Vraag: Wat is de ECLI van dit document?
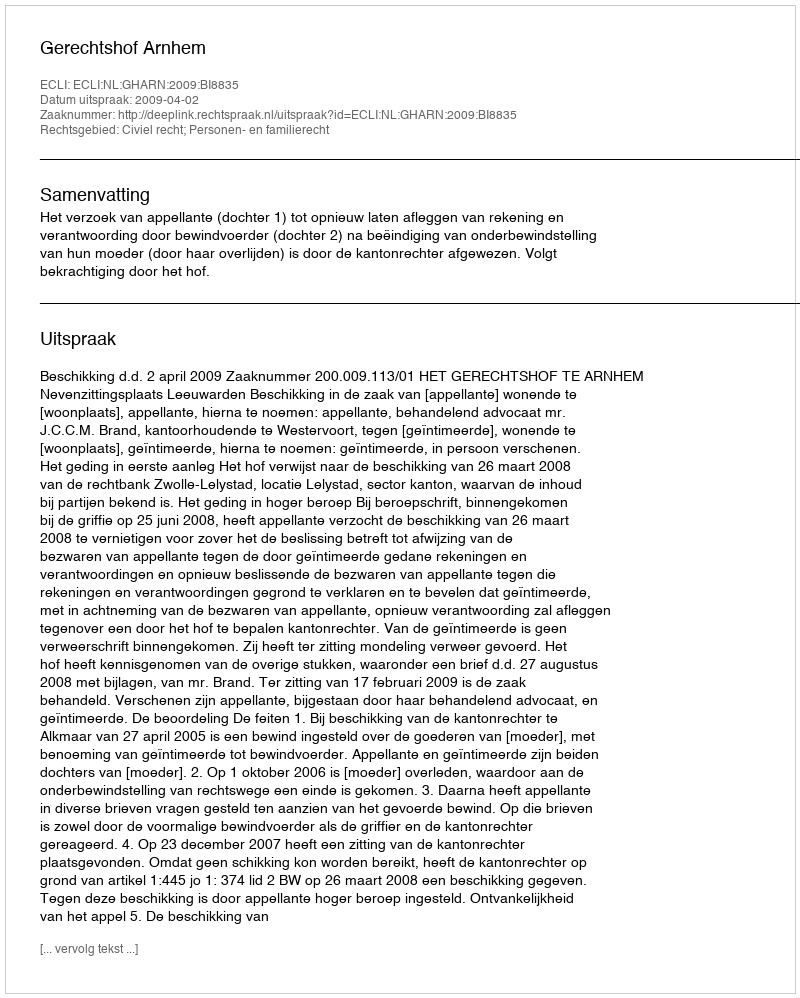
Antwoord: ECLI:NL:GHARN:2009:BI8835